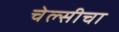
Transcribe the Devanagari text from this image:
चेल्सीचा